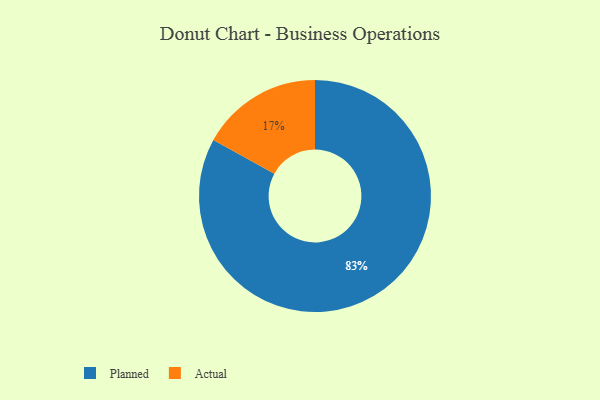
{"axis": {"x": "Category", "y": "Percentage"}, "legend": ["Actual", "Planned"], "data": [{"x": "Actual", "y": 17, "type": "Actual"}, {"x": "Planned", "y": 83, "type": "Planned"}]}